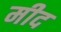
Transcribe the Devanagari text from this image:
मीद